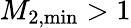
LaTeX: M_{2,\operatorname*{min}}>1